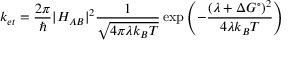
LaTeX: k _ { e t } = { \frac { 2 \pi } { \hbar } } | H _ { A B } | ^ { 2 } { \frac { 1 } { \sqrt { 4 \pi \lambda k _ { B } T } } } \exp \left( - { \frac { ( \lambda + \Delta G ^ { \circ } ) ^ { 2 } } { 4 \lambda k _ { B } T } } \right)